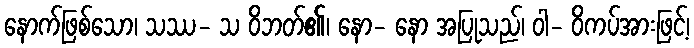
နောက်ဖြစ်သော၊ သဿ- သ ဝိဘတ်၏၊ နော- နော အပြုသည်၊ ဝါ- ဝိကပ်အားဖြင့်၊